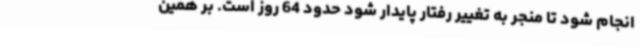
انجام شود تا منجر به تغییر رفتار پایدار شود حدود 64 روز است. بر همین